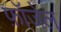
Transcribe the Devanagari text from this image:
फ़ॉजेल